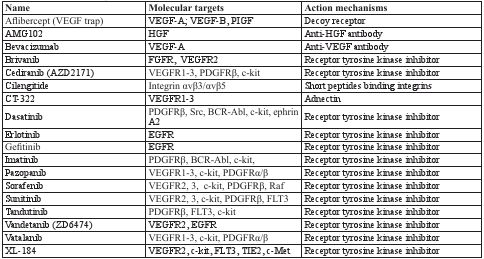
<table><thead><tr><td><b>Name</b></td><td><b>Molecular targets</b></td><td><b>Action mechanisms</b></td></tr></thead><tbody><tr><td>Aflibercept (VEGF trap)</td><td>VEGF-A; VEGF-B, PIGF</td><td>Decoy receptor</td></tr><tr><td>AMG102</td><td>HGF</td><td>Anti-HGF antibody</td></tr><tr><td>Bevacizumab</td><td>VEGF-A</td><td>Anti-VEGF antibody</td></tr><tr><td>Brivanib</td><td>FGFR, VEGFR2</td><td>Receptor tyrosine kinase inhibitor</td></tr><tr><td>Cediranib (AZD2171)</td><td>VEGFR1-3, PDGFRβ, c-kit</td><td>Receptor tyrosine kinase inhibitor</td></tr><tr><td>Cilengitide</td><td>Integrin αvβ3/αvβ5</td><td>Short peptides binding integrins</td></tr><tr><td>CT-322</td><td>VEGFR1-3</td><td>Adnectin</td></tr><tr><td>Dasatinib</td><td>PDGFRβ, Src, BCR-Abl, c-kit, ephrin A2</td><td>Receptor tyrosine kinase inhibitor</td></tr><tr><td>Erlotinib</td><td>EGFR</td><td>Receptor tyrosine kinase inhibitor</td></tr><tr><td>Gefitinib</td><td>EGFR</td><td>Receptor tyrosine kinase inhibitor</td></tr><tr><td>Imatinib</td><td>PDGFRβ, BCR-Abl, c-kit,</td><td>Receptor tyrosine kinase inhibitor</td></tr><tr><td>Pazopanib</td><td>VEGFR1-3, c-kit, PDGFRα/β</td><td>Receptor tyrosine kinase inhibitor</td></tr><tr><td>Sorafenib</td><td>VEGFR2, 3, c-kit, PDGFRβ, Raf</td><td>Receptor tyrosine kinase inhibitor</td></tr><tr><td>Sunitinib</td><td>VEGFR2, 3, c-kit, PDGFRβ, FLT3</td><td>Receptor tyrosine kinase inhibitor</td></tr><tr><td>Tandutinib</td><td>PDGFRβ, FLT3, c-kit</td><td>Receptor tyrosine kinase inhibitor</td></tr><tr><td>Vandetanib (ZD6474)</td><td>VEGFR2, EGFR</td><td>Receptor tyrosine kinase inhibitor</td></tr><tr><td>Vatalanib</td><td>VEGFR1-3, c-kit, PDGFRα/β</td><td>Receptor tyrosine kinase inhibitor</td></tr><tr><td>XL-184</td><td>VEGFR2, c-kit, FLT3, TIE2, c-Met</td><td>Receptor tyrosine kinase inhibitor</td></tr></tbody></table>